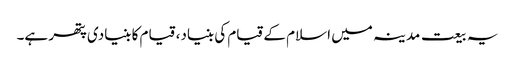
یہ بیعت مدینہ میں اسلام کے قیام کی بنیاد، قیام کا بنیادی پتھر ہے۔